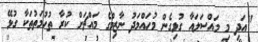
"އަދި މި މައްސަލައާ ގުޅިގެން މުހައްމަދު ނާޒިމްގެ މައްޗަށް ކުރާ ތުހުމަތުތަކާ ގުޅޭ